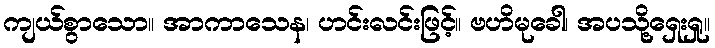
ကျယ်စွာသော။ အာကာသေန၊ ဟင်းလင်းဖြင့်။ ဗဟိမုခေါ၊ အပသို့ရှေးရှု။